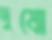
দুষো